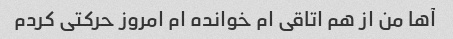
آها من از هم اتاقی ام خوانده ام امروز حرکتی کردم